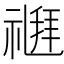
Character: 𥛉